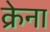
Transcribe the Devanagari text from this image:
क्रेना